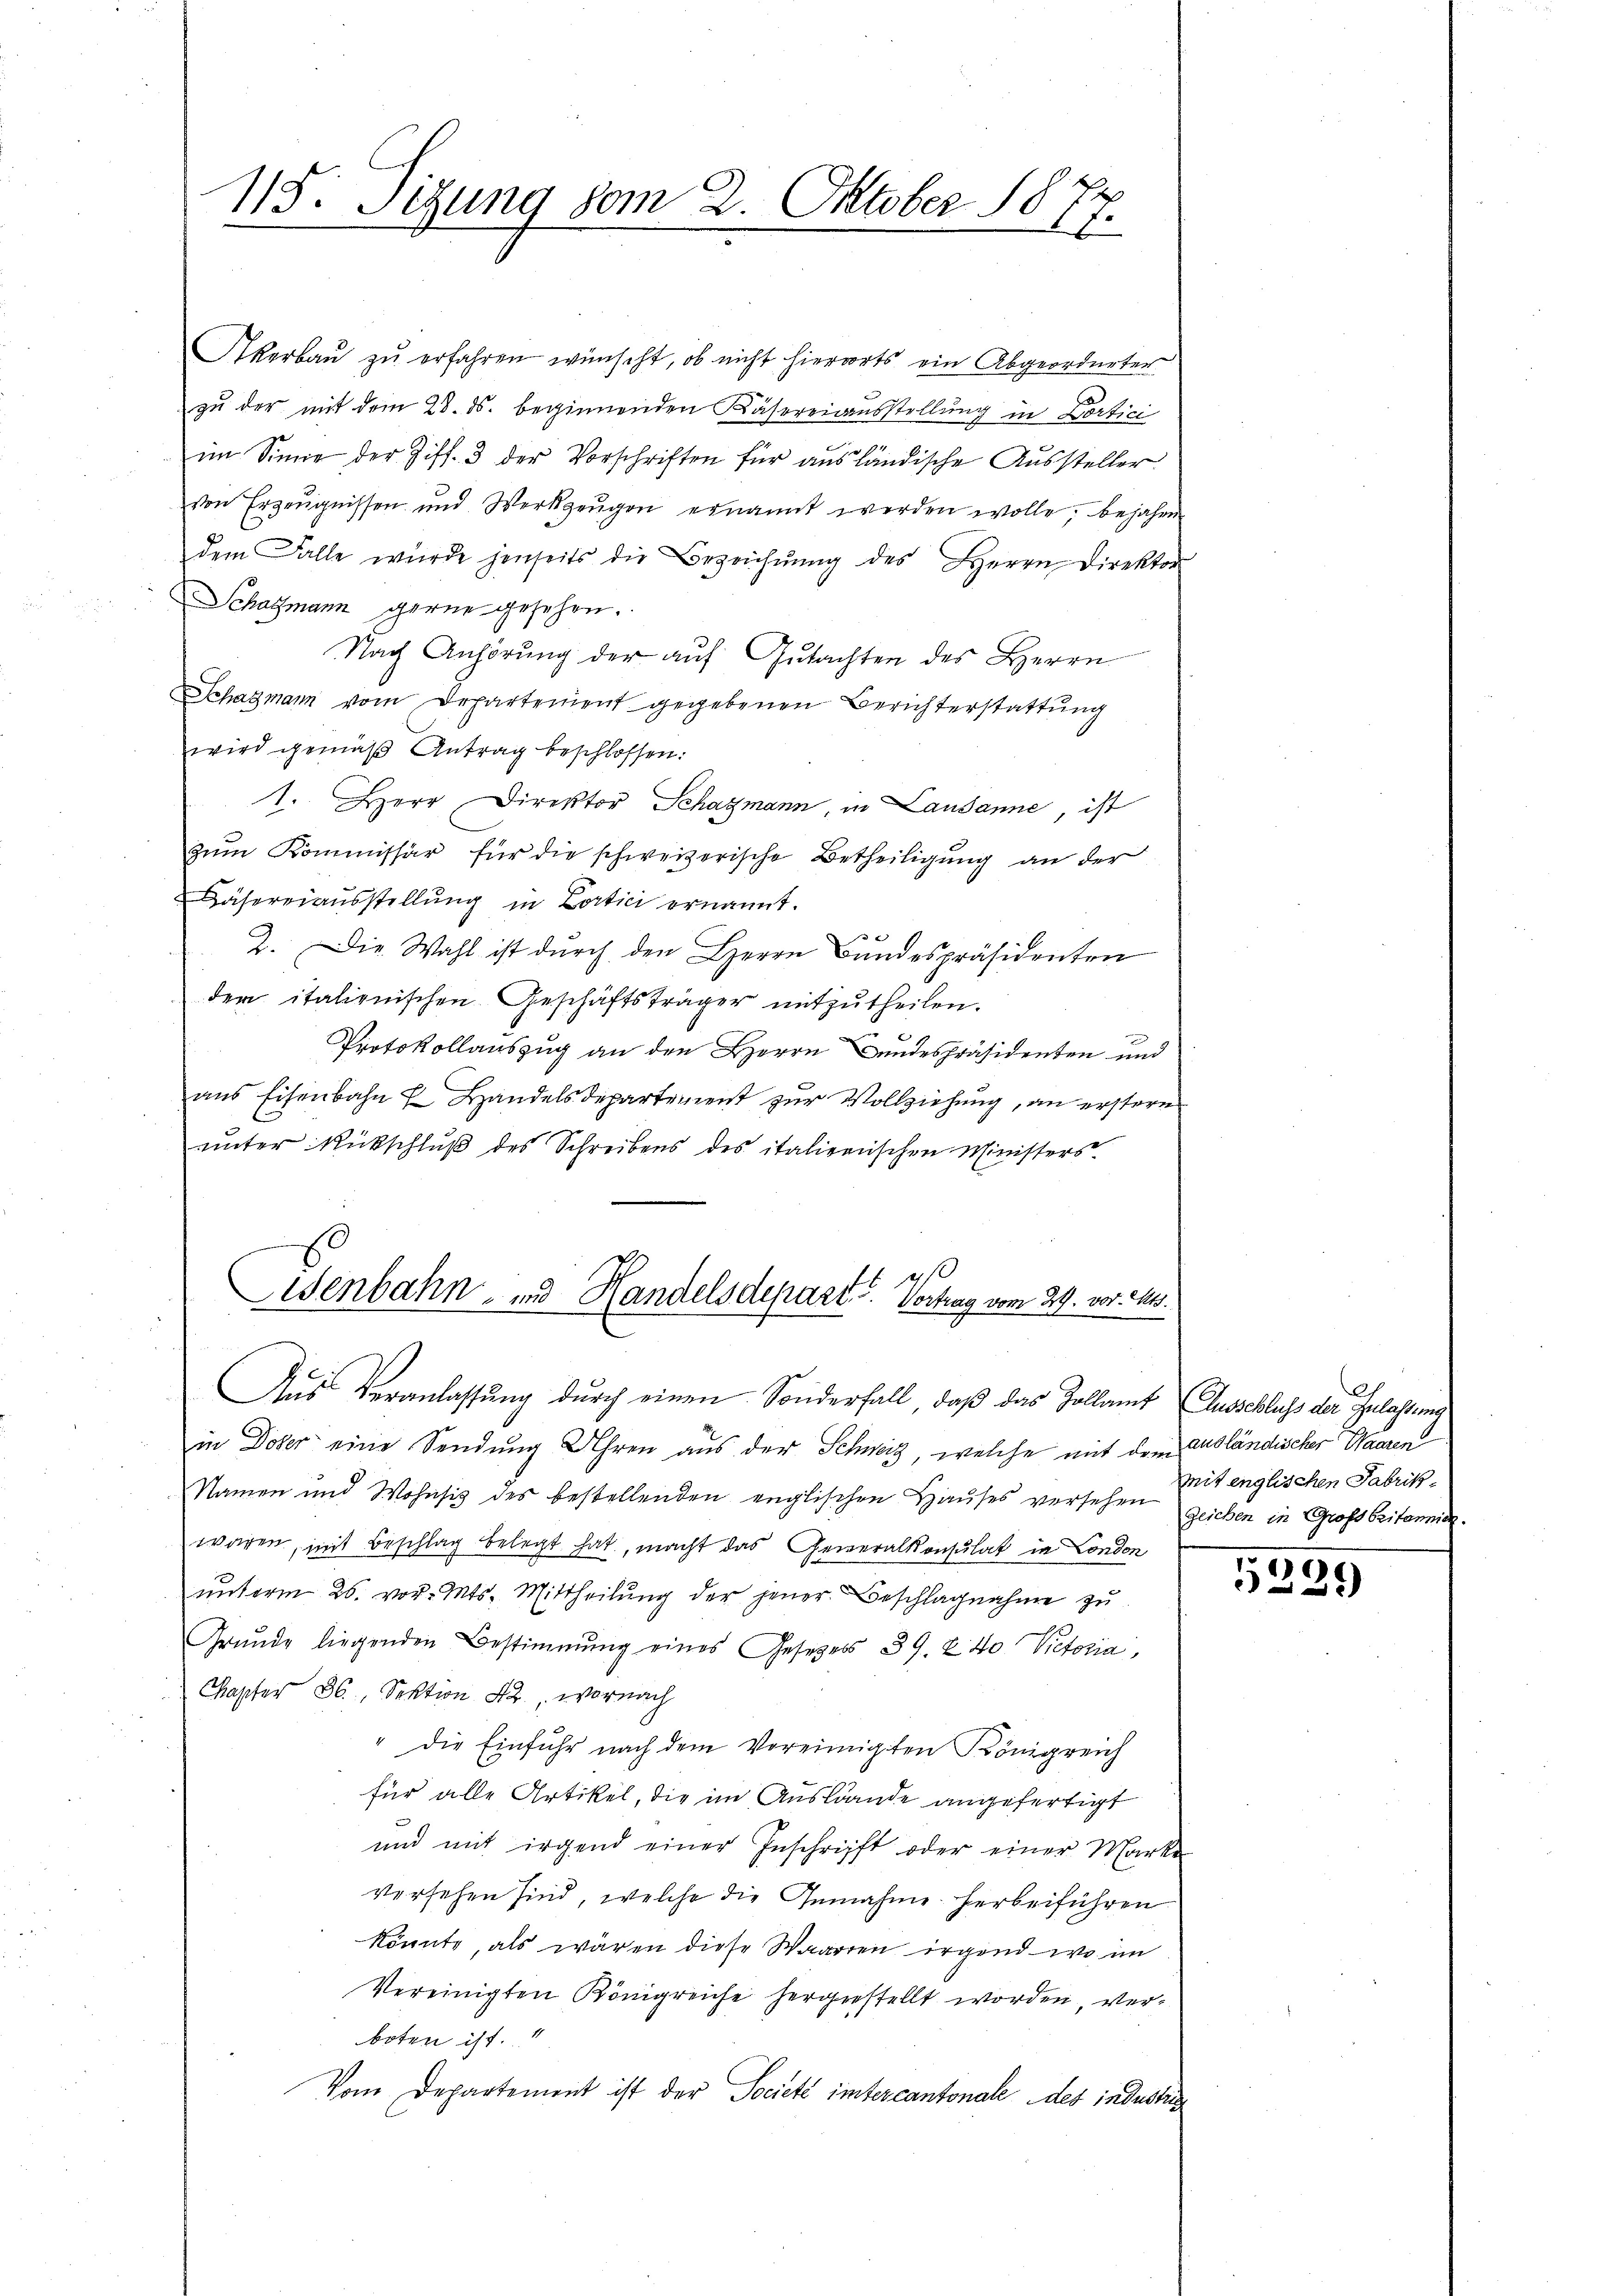
115. Segung vom 2. Oktober 1811.
2

Akerbaŭ zŭ erfahren wünscht, ob nicht hierorts ein Abgeordneter
zu der mit dem 28. ds. beginnenden Käsereinausstellung in Dortici
im Sinne der Ziff. 3 der Vorschriften für ausländische Aussteller
von Erzeugnissen und Werkzeŭgen ernannt werden wolle, bejahen
dem Falle würde jenseits die Bezeichnŭng des Herrn Direktor
Schatzmann gerne gesehen.
Nach Anhörung der auf Gutachten des Herrn
Schagmann vom Departement gegebenen Berichterstattung
wird gemäβ Antrag beschlossen:
1. Herr Direktor Schagmann, in Lausanne, ist
zum Kommissär für die schweizerische Betheiligung an der
Fähereiausstellung in Lortici ernannt.
2. Die Wahl ist durch den Herrn Bundespräsidenten
der italienischen Geschäftsträger mitzŭtheilen.
Protokollauszug an den Herrn Bundespräsidenten und
aus Eisenbahn u Handelsdepartement zur Vollziehung, an erstern
ŭnter Rückschlŭβ des Schreibens des italienischen Ministers.
Es is
Wenbahn- und Handelsdepart. Vortrag vom 29. vor. Mts.
Ans Veranlassung durch einen Sonderfall, daß das Zollamt (Ausschluss der Zulassung
in Dober eine Sendung Uhren aus der Schweiz, welche mit dem ausländischer Waaren
Namen und Wohnsitz des bestellenden englischen Hauses versehen zeichen in Großbritannie.
waren, mit Beschlag belegt hat, macht das Generalkonsulat in London
ŭnterm 26. vor. Mts. Mittheilŭng der jener Beschlagnahme zu
Grŭnde liegenden Bestimmung eines Gesetzess 39. 240 Victoria,
Chapfer 36, Sektion 42, wornach
" die Einfuhr nach dem Vereinigten Königreich
für alle Artikel, die im Auslände angefertigt
und mit irgend einer Inschrift oder einer Marke
versehen sind, welche die Genahme herbeiführen
könnte, als wären diese Waaren irgend wo im
Vereinigten Königreiche hergestellt worden, verboten ist.
Vom Departement ist der Societe intercantonale des industrig

mit englischen Fabrik¬

)
27)